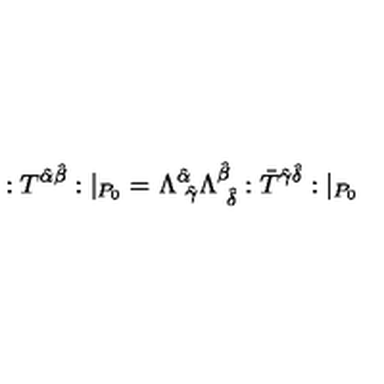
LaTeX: : T ^ { \hat { \alpha } \hat { \beta } } : | _ { P _ { 0 } } = \Lambda _ { \ \hat { \gamma } } ^ { \hat { \alpha } } \Lambda _ { \ \hat { \delta } } ^ { \hat { \beta } } : \bar { T } ^ { \hat { \gamma } \hat { \delta } } : | _ { P _ { 0 } }